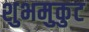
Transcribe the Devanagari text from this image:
शुभमुकुट